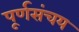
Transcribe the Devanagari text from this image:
पूर्णसंचय